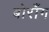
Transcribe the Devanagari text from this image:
बोराँग